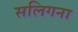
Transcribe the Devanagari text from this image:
सलिगना